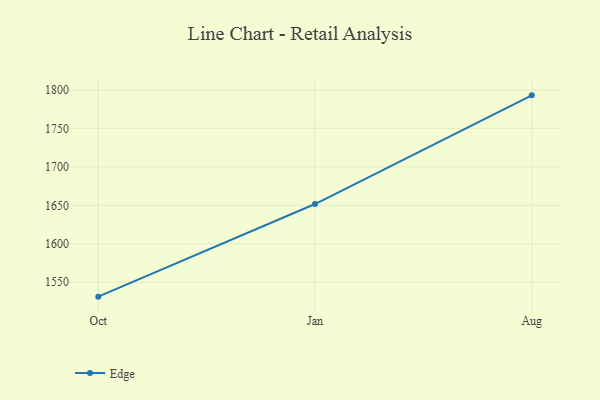
{"axis": {"x": "Month", "y": "Customer Acquisition Cost (USD)"}, "legend": ["Edge"], "data": [{"x": "Oct", "y": 1531.3, "type": "Edge"}, {"x": "Jan", "y": 1651.7, "type": "Edge"}, {"x": "Aug", "y": 1793.0, "type": "Edge"}]}